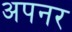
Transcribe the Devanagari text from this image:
अपनर